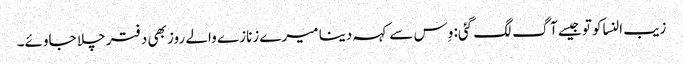
زیب النساکو تو جیسے آگ لگ گئی: وِس سے کہہ دینا میرے زنازے والے روز بھی دفتر چلا جاوئے۔